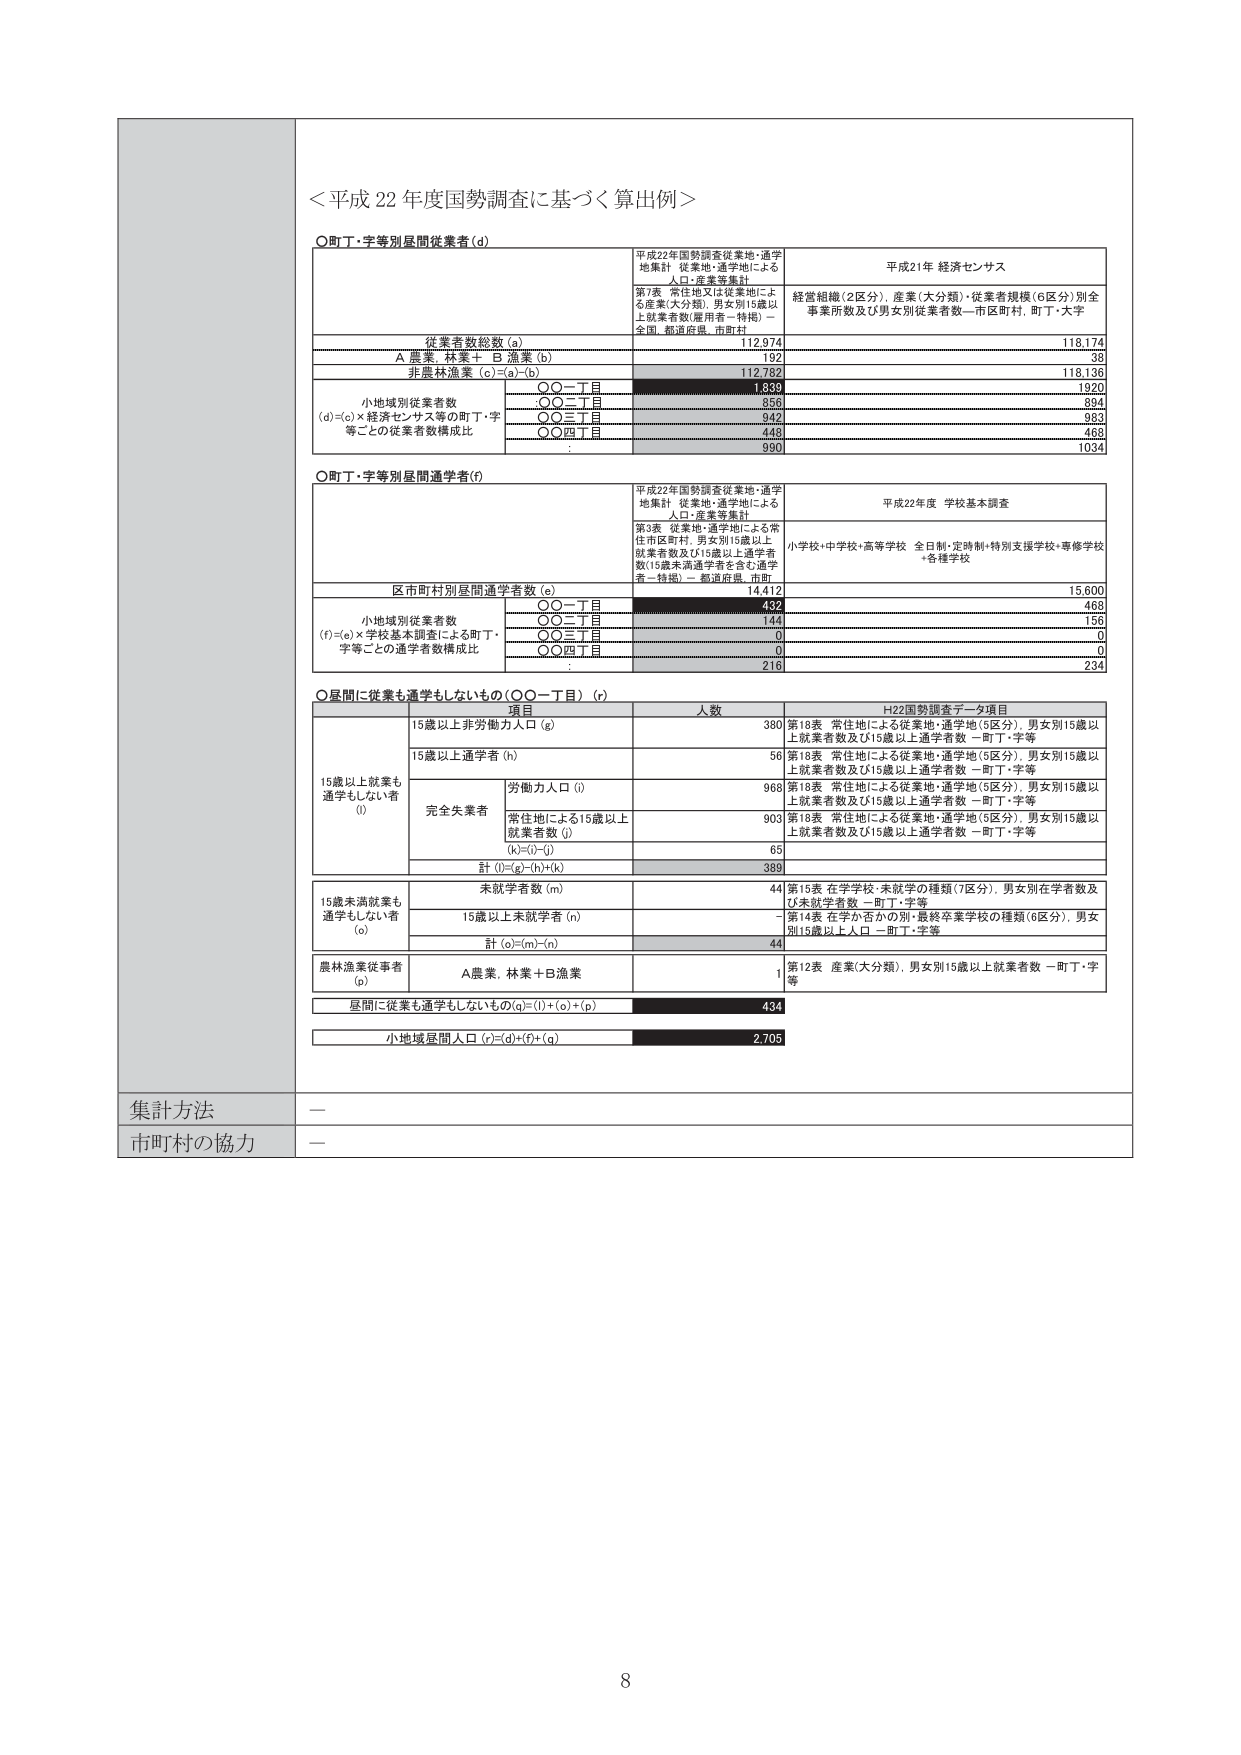
＜平成22年度国勢調査に基づく算出例＞

○町丁・字等別昼間従業者(d)

平成22年国勢調査従業地・通学地集計 従業地・通学地による人口・産業等集計
第7表 常住地又は従業地による産業(大分類)、男女別15歳以上従業者数(雇用者・特掲) － 全国、都道府県、市町村

平成21年 経済センサス
経営組織(2区分)、産業(大分類)・従業者規模(6区分)別全事業所数及び男女別従業者数－市区町村、町丁・大字

従業者数総数 (a) 112,974 118,174
A 農業、林業＋B 漁業 (b) 192 38
非農林漁業 (c)=(a)-(b) 112,782 118,136

小地域別従業者数
(d)=(c)×経済センサス等の町丁・字等ごとの従業者数構成比
○○一丁目 1,839 1,920
○○二丁目 856 894
○○三丁目 942 983
○○四丁目 448 488
: 990 1,034

○町丁・字等別昼間通学者(f)

平成22年国勢調査従業地・通学地集計 従業地・通学地による人口・産業等集計
第3表 従業地・通学地による常住市区町村、男女別15歳以上就業者数及び15歳以上通学者数(15歳未満通学者を含む通学者－特掲) － 都道府県、市町村

平成22年度 学校基本調査
小学校+中学校+高等学校 全日制・定時制・特別支援学校+専修学校+各種学校

区市町村別昼間通学者数 (e) 14,412 15,600
小地域別従業者数
(f)=(e)×学校基本調査による町丁・字等ごとの通学者数構成比
○○一丁目 432 468
○○二丁目 144 156
○○三丁目 0 0
○○四丁目 0 0
: 216 234

○昼間に従業も通学もしないもの(○○一丁目) (r)

項目 人数 H22国勢調査データ項目

15歳以上就業も通学もしない者 (i)
15歳以上非労働力人口 (g) 380 第18表 常住地による従業地・通学地(5区分)、男女別15歳以上就業者数及び15歳以上通学者数 －町丁・字等
15歳以上通学者 (h) 56 第18表 常住地による従業地・通学地(5区分)、男女別15歳以上就業者数及び15歳以上通学者数 －町丁・字等
労働力人口 (i) 968 第18表 常住地による従業地・通学地(5区分)、男女別15歳以上就業者数及び15歳以上通学者数 －町丁・字等
完全失業者 常住地による15歳以上就業者数 (j) 903 第18表 常住地による従業地・通学地(5区分)、男女別15歳以上就業者数及び15歳以上通学者数 －町丁・字等
(k)=(i)-(j) 65
計 (l)=(g)-(h)+(k) 389

15歳未満就業も通学もしない者 (o)
未就学者数 (m) 44 第15表 在学校・未就学の種類(7区分)、男女別在学者数及び未就学者数 －町丁・字等
15歳以上未就学者 (n) - 第14表 在学か否かの別・最終卒業学校の種類(6区分)、男女別15歳以上人口 －町丁・字等
計 (o)=(m)-(n) 44

農林漁業従事者 (p)
A農業、林業＋B漁業 1 第12表 産業(大分類)、男女別15歳以上就業者数 －町丁・字等

昼間に従業も通学もしないもの(q)=(l)+(o)+(p) 434

小地域昼間人口 (r)=(d)+(f)+(q) 2,705

集計方法 －
市町村の協力 －

8